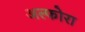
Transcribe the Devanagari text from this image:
अल्फोरा